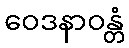
ဝေဒနာဝန္တံ